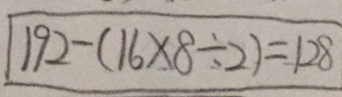
\boxed { 1 9 2 - ( 1 6 \times 8 \div 2 ) = 1 2 8 }